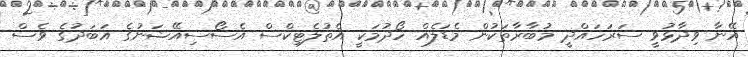
އޭނާ ވިދާޅުވީ ސަރަހައްދީ މުބާރާތަކުން މެޑަލެއް ހޯދުމަކީ އެތުލެޓިކްސް އެސޯސިއޭޝަނުގެ އަބަދުގެ ވެސް